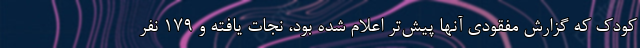
کودک که گزارش مفقودی آنها پیش‌تر اعلام شده بود، نجات یافته و ۱۷۹ نفر